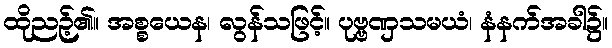
ထိုညဉ့်၏။ အစ္စယေန၊ လွန်သဖြင့်။ ပုဗ္ဗဏှသမယံ၊ နံနက်အခါ၌။